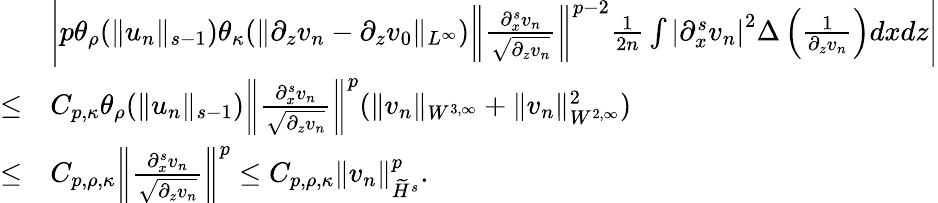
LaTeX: \begin{array}{rl}&{\left|p\theta_{\rho}(\| u_{n}\| _{s-1})\theta_{\kappa}(\| \partial_{z}v_{n}-\partial_{z}v_{0}\| _{L^{\infty}})\left\| \frac{\partial_{x}^{s}v_{n}}{\sqrt{\partial_{z}v_{n}}}\right\| ^{p-2}\frac 1{2n}\int\left|\partial_{x}^{s}v_{n}\right|^{2}\Delta\left(\frac 1{\partial_{z}v_{n}}\right)dxdz\right|}\\ {\leq}&{C_{p,\kappa}\theta_{\rho}(\| u_{n}\| _{s-1})\left\| \frac{\partial_{x}^{s}v_{n}}{\sqrt{\partial_{z}v_{n}}}\right\| ^{p}(\| v_{n}\| _{W^{3,\infty}}+\| v_{n}\| _{W^{2,\infty}}^{2})}\\ {\leq}&{C_{p,\rho,\kappa}\left\| \frac{\partial_{x}^{s}v_{n}}{\sqrt{\partial_{z}v_{n}}}\right\| ^{p}\leq C_{p,\rho,\kappa}\| v_{n}\| _{\widetilde H^{s}}^{p}.}\end{array}